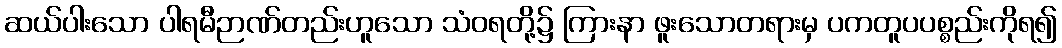
ဆယ်ပါးသော ပါရမီဉာဏ်တည်းဟူသော သံဝရတို့၌ ကြားနာ ဖူးသောတရားမှ ပကတူပပစ္စည်းကိုရ၍